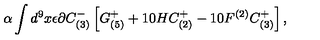
\alpha \int d ^ { 9 } x \epsilon \partial C _ { ( 3 ) } ^ { - } \left[ G _ { ( 5 ) } ^ { + } + 1 0 H C _ { ( 2 ) } ^ { + } - 1 0 F ^ { ( 2 ) } C _ { ( 3 ) } ^ { + } \right] ,